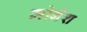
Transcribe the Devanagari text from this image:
मोनेश